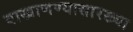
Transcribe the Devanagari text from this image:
वाखाणण्यासारख्या